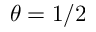
\theta = 1 / 2